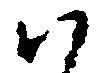
ハ